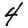
Digit: 4